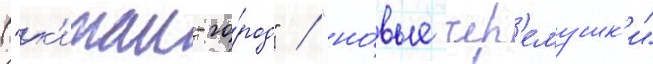
("к'итаи-го́род" / "но́вые чер'емушк'и"